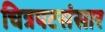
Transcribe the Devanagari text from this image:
चित्रपटसंसार